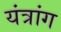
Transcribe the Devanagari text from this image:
यंत्रांग